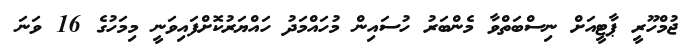
ޖުމްހޫރީ ޕާޓީއަށް ނިސްބަތްވާ މެންބަރު ހުސައިން މުހައްމަދު ހައްޔަރުކޮށްފައިވަނީ މިމަހުގެ 16 ވަނަ